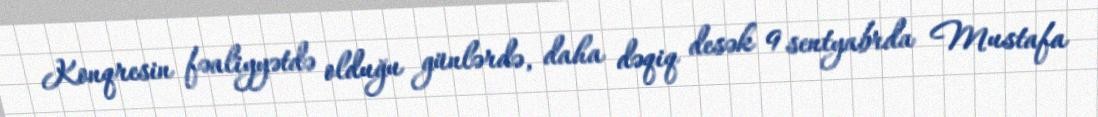
Konqresin fəaliyyətdə olduğu günlərdə, daha dəqiq desək 9 sentyabrda Mustafa